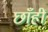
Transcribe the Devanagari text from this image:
छाँहीं